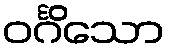
ဝင်္ဂိသော